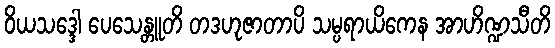
ဝိယသဒ္ဒေါ ပေသေန္တူတိ တဒဟုဇာတာပိ သမ္ပရာယိကေန အာဟိဏ္ဍသီတိ